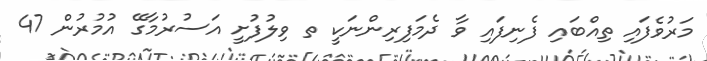
މަރުވެފައި ތިއްބައި ފެނިފައި ވާ ދެމަފިރިންނަކީ ތ ވިލުފުށީ އަސުރުމާގޭ އުމުރުން 47